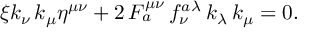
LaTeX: \xi k _ { \nu } \, k _ { \mu } \eta ^ { \mu \nu } + 2 \, F _ { a } ^ { \mu \nu } \, f _ { \nu } ^ { a } \mathrm { } ^ { \lambda } \, k _ { \lambda } \, k _ { \mu } = 0 .